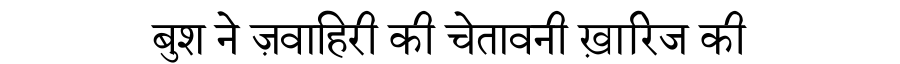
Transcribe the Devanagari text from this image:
बुश ने ज़वाहिरी की चेतावनी ख़ारिज की